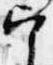
宰